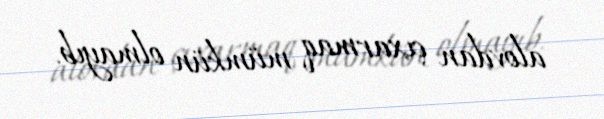
alovdan çıxarmaq mümkün olmayıb.